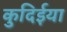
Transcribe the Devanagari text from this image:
कुदिईया